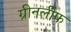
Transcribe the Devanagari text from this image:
ग्रीनलीफ